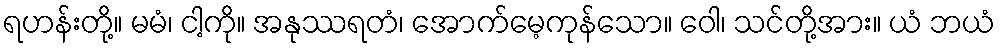
ရဟန်းတို့။ မမံ၊ ငါ့ကို။ အနုဿရတံ၊ အောက်မေ့ကုန်သော။ ဝေါ၊ သင်တို့အား။ ယံ ဘယံ